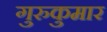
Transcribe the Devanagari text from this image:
गुरुकुमार